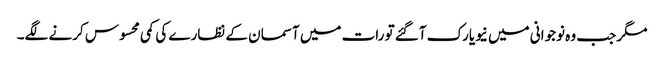
مگر جب وہ نوجوانی میں نیویارک آگئے تو رات میں آسمان کے نظارے کی کمی محسوس کرنے لگے۔